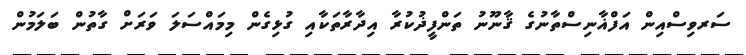
ސަރވިސްއިން އަފްޣާނިސްތާނުގެ ޤާނޫނު ތަންފީޛުކުރާ އިދާރާތަކާއި ގުޅިގެން މިމައްސަލަ ވަރަށް ގާތުން ބަލަމުން